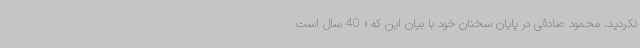
نکردید. محمود صادقی در پایان سخنان خود با بیان این که « 40 سال است